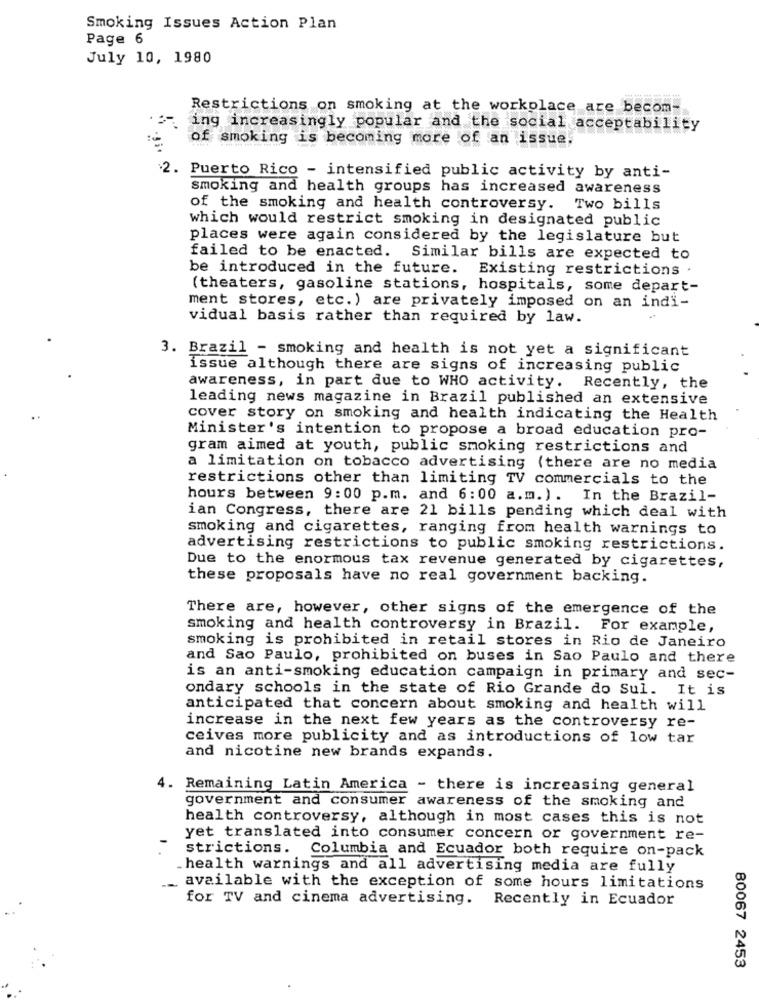
Smoking Issues Action Plan
Page 6
July 10, 1980
Restrictions on smoking at the workplace are becom-
ing increasingly popular and the social acceptability
of smoking is becoming more of an issue,
2.
Puerto Rico - intensified public activity by anti-
smoking and health groups has increased awareness
of the smoking and health controversy.
Two bills
which would restrict smoking in designated public
places were again considered by the legislature but
failed to be enacted. Similar bills are expected to
be introduced in the future.
Existing restrictions .
(theaters, gasoline stations, hospitals, some depart-
ment stores, etc. ) are privately imposed on an indi-
vidual basis rather than required by law.
3. Brazil - smoking and health is not yet a significant
issue although there are signs of increasing public
awareness, in part due to WHO activity. Recently, the
leading news magazine in Brazil published an extensive
cover story on smoking and health indicating the Health
Minister's intention to propose a broad education pro-
gram aimed at youth, public smoking restrictions and
a limitation on tobacco advertising (there are no media
restrictions other than limiting TV commercials to the
hours between 9:00 p.m. and 6:00 a.m.). In the Brazil-
ian Congress, there are 21 bills pending which deal with
smoking and cigarettes, ranging from health warnings to
advertising restrictions to public smoking restrictions.
Due to the enormous tax revenue generated by cigarettes,
these proposals have no real government backing.
There are, however, other signs of the emergence of the
smoking and health controversy in Brazil. For example,
smoking is prohibited in retail stores in Rio de Janeiro
and Sao Paulo, prohibited on buses in Sao Paulo and there
is an anti-smoking education campaign in primary and sec-
ondary schools in the state of Rio Grande do Sul. It is
anticipated that concern about smoking and health will
increase in the next few years as the controversy re-
ceives more publicity and as introductions of low tar
and nicotine new brands expands.
4. Remaining Latin America - there is increasing general
government and consumer awareness of the smoking and
health controversy, although in most cases this is not
yet translated into consumer concern or government re-
strictions. Columbia and Ecuador both require on-pack
. health warnings and all advertising media are fully
_ available with the exception of some hours limitations
for TV and cinema advertising. Recently in Ecuador
80067 2453